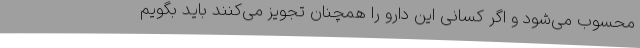
محسوب می‌شود و اگر کسانی این دارو را همچنان تجویز می‌کنند باید بگویم